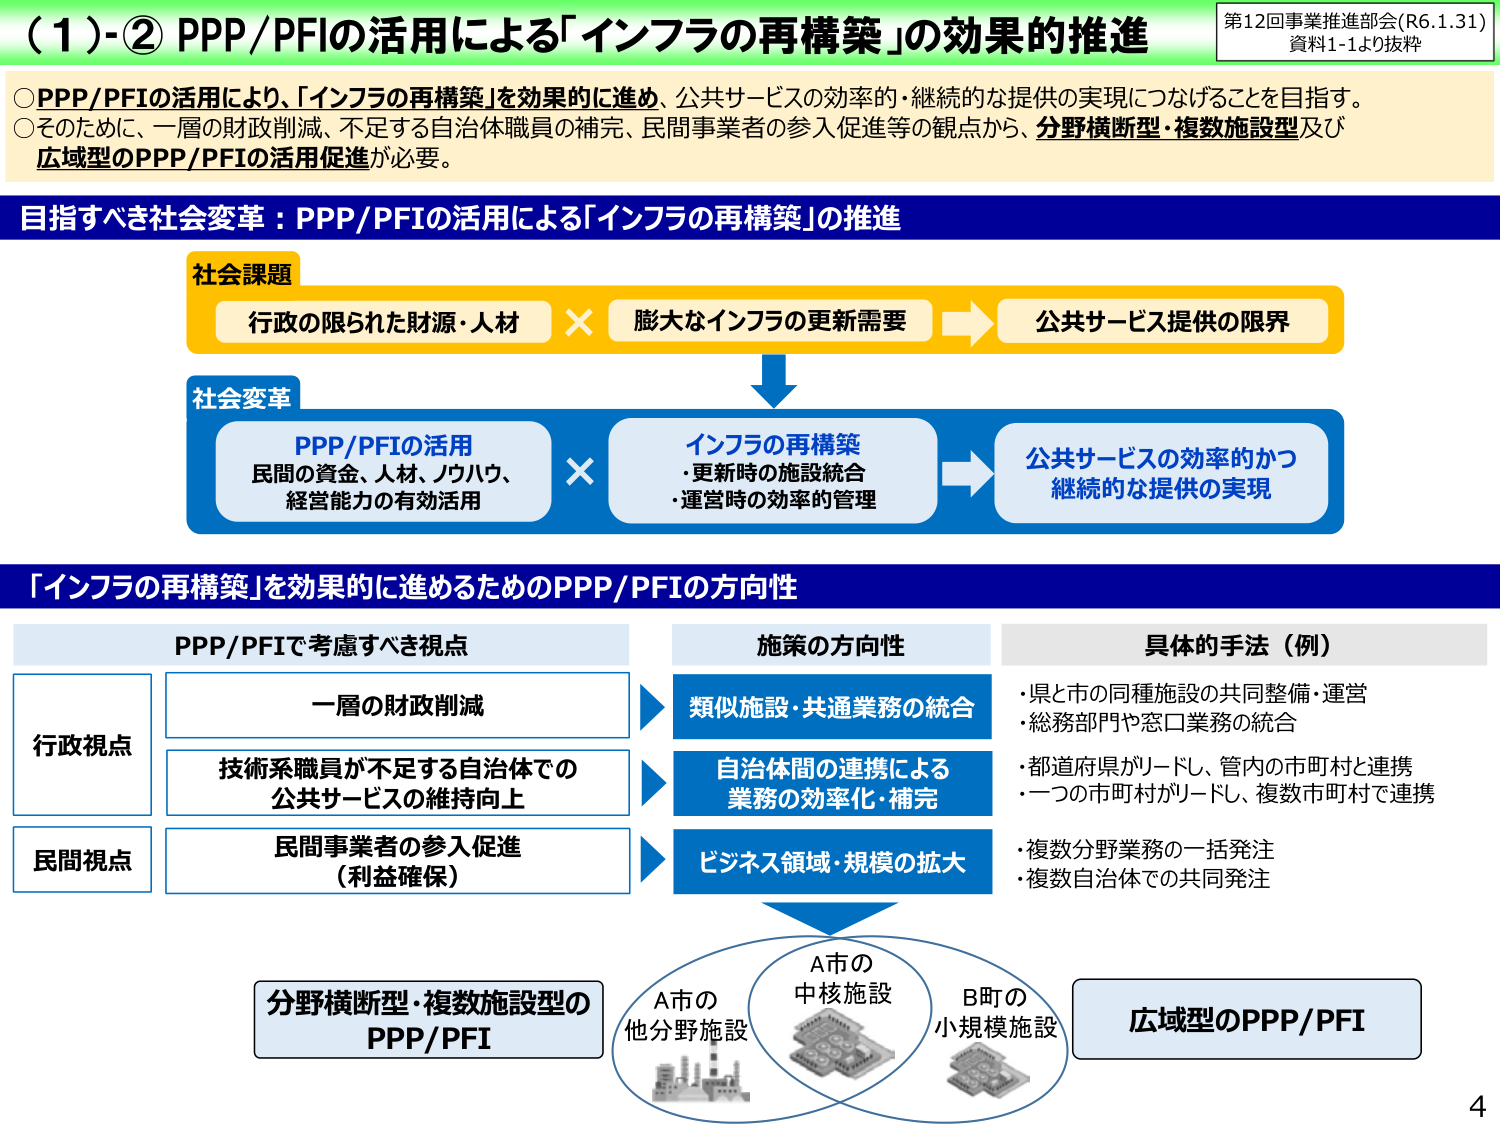
（1）-② PPP/PFIの活用による「インフラの再構築」の効果的推進

第12回事業推進部会(R6.1.31)
資料1-1より抜粋

○PPP/PFIの活用により、「インフラの再構築」を効果的に進め、公共サービスの効率的・継続的な提供の実現につなげることを目指す。
○そのため、一層の財政削減、不足する自治体職員の補完、民間事業者の参入促進等の観点から、分野横断型・複数施設型及び広域型のPPP/PFIの活用促進が必要。

目指すべき社会変革：PPP/PFIの活用による「インフラの再構築」の推進

社会課題
行政の限られた財源・人材 × 膨大なインフラの更新需要 → 公共サービス提供の限界

社会変革
PPP/PFIの活用
民間の資金、人材、ノウハウ、経営能力の有効活用
×
インフラの再構築
・更新時の施設統合
・運営時の効率的管理
→
公共サービスの効率的かつ継続的な提供の実現

「インフラの再構築」を効果的に進めるためのPPP/PFIの方向性

PPP/PFIで考慮すべき視点
行政視点
一層の財政削減
技術系職員が不足する自治体での公共サービスの維持向上
民間視点
民間事業者の参入促進（利益確保）

施策の方向性
類似施設・共通業務の統合
自治体間の連携による業務の効率化・補完
ビジネス領域・規模の拡大

具体的手法（例）
・県と市の同種施設の共同整備・運営
・総務部門や窓口業務の統合
・都道府県がリードし、管内の市町村と連携
・一つの市町村がリードし、複数市町村で連携
・複数分野業務の一括発注
・複数自治体での共同発注

分野横断型・複数施設型のPPP/PFI
A市の他分野施設
A市の
中核施設
B町の
小規模施設
広域型のPPP/PFI

4